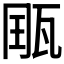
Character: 𤭄